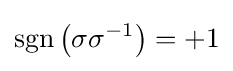
\operatorname {sgn} \left(\sigma \sigma ^{-1}\right)=+1